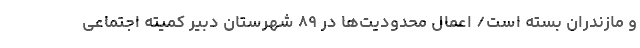
و مازندران بسته است/ اعمال محدودیت‌ها در ۸۹ شهرستان دبیر کمیته اجتماعی